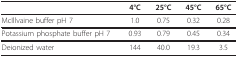
<table><thead><tr><td></td><td><b>4°C</b></td><td><b>25°C</b></td><td><b>45°C</b></td><td><b>65°C</b></td></tr></thead><tbody><tr><td>McIllvaine buffer pH 7</td><td>1.0</td><td>0.75</td><td>0.32</td><td>0.28</td></tr><tr><td>Potassium phosphate buffer pH 7</td><td>0.93</td><td>0.79</td><td>0.45</td><td>0.34</td></tr><tr><td>Deionized water</td><td>144</td><td>40.0</td><td>19.3</td><td>3.5</td></tr></tbody></table>